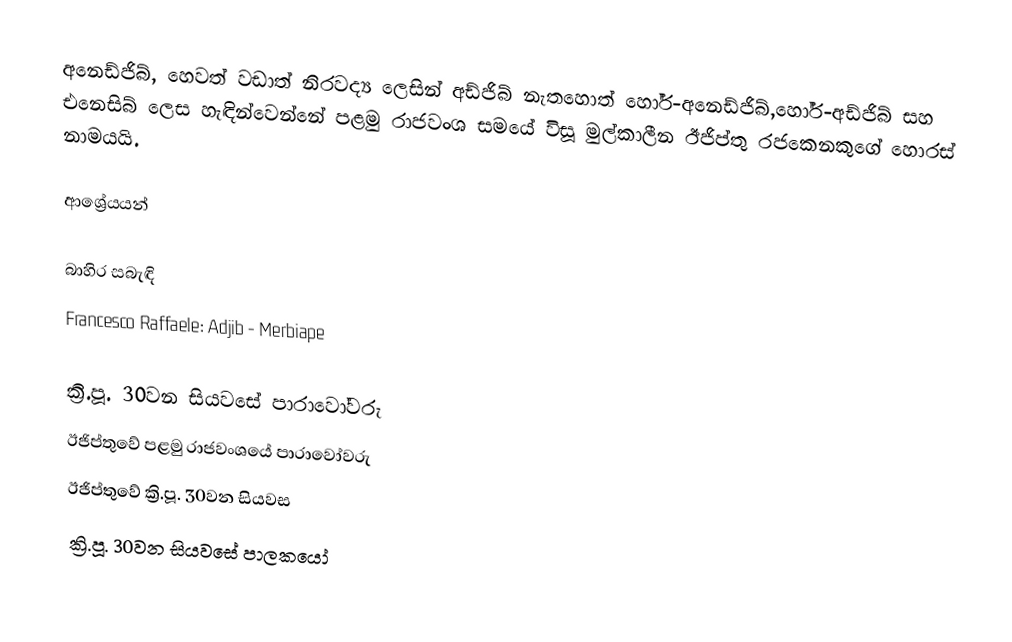
අනෙඩ්ජිබ්, හෙවත් වඩාත් නිරවද්‍ය ලෙසින් අඩ්ජිබ් නැතහොත් හෝර්-අනෙඩ්ජිබ්,හෝර්-අඩ්ජිබ් සහ එනෙසිබ් ලෙස හැඳින්වෙන්නේ පළමු රාජවංශ සමයේ විසූ මුල්කාලීන ඊජිප්තු රජකෙනකුගේ හොරස් නාමයයි.

ආශ්‍රේයයන්

බාහිර සබැඳි
 Francesco Raffaele: Adjib - Merbiape

ක්‍රි.පූ. 30වන සියවසේ පාරාවෝවරු
ඊජිප්තුවේ පළමු රාජවංශයේ පාරාවෝවරු
ඊජිප්තුවේ ක්‍රි.පූ. 30වන සියවස
ක්‍රි.පූ. 30වන සියවසේ පාලකයෝ